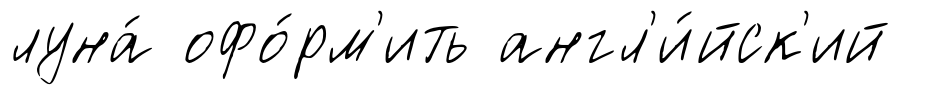
луна́ офо́рм'ить англ'и́йск'ий